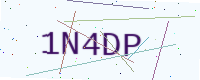
Text: 1N4DP